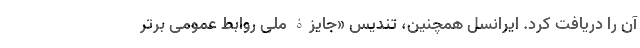
آن را دریافت کرد. ایرانسل همچنین، تندیس «جایزۀ ملی روابط عمومی برتر